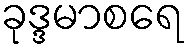
ခုဒ္ဒမာစရေ